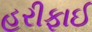
હરીફાઈ